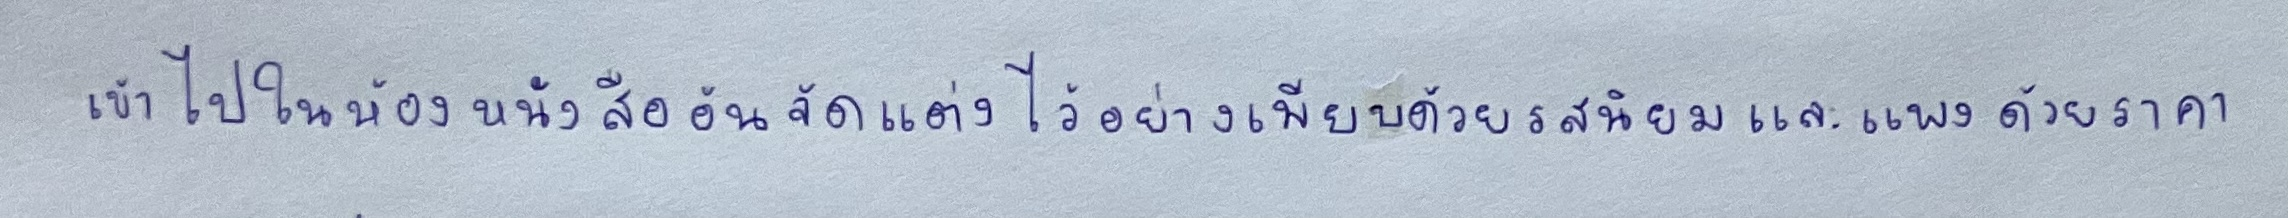
เข้าไปในห้องหนังสืออันจัดแต่งไว้อย่างเพียบด้วยรสนิยมและแพงด้วยราคา